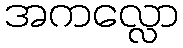
အကလ္လော